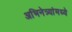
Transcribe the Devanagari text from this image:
अभिनेत्र्यांमध्ये